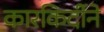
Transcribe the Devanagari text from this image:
कारकिर्दीने